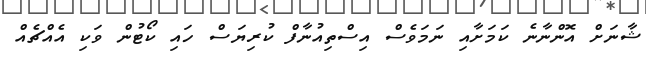
ޝާނަށް އޮންނާނެ ކަމަށާއި ނަމަވެސް އިސްތިއުނާފް ކުރިޔަސް ހައި ކޯޓުން ވަކި އެއްޗެއް